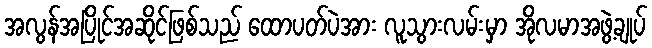
အလွန်အပြိုင်အဆိုင်ဖြစ်သည် ထောပတ်ပဲအား လူသွားလမ်းမှာ အိုလမာအဖွဲ့ချုပ်